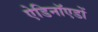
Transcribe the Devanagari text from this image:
ऐडिनॉएडों